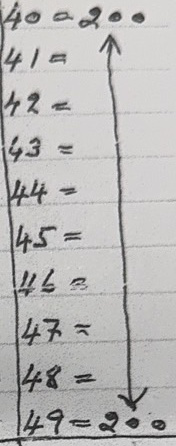
40 = 200
41 = 200
42 = 200
43 = 200
44 = 200
45 = 200
46 = 200
47 = 200
48 = 200
49 = 200